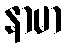
နာမာ